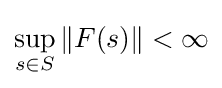
\sup _{s\in S}\|F(s)\|<\infty